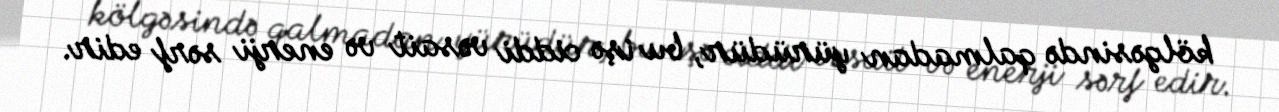
kölgəsində qalmadan yürüdür, bu işə ciddi vəsait və enerji sərf edir.